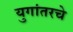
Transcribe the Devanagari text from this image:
युगांतरचे